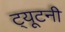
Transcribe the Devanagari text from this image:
ट्यूटनी